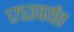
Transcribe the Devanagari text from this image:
१७५३पर्यंत